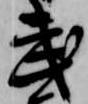
武